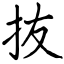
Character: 抜